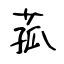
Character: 菰